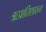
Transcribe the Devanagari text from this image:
ऋप्रातिशाख्य